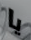
يا